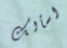
اسألك